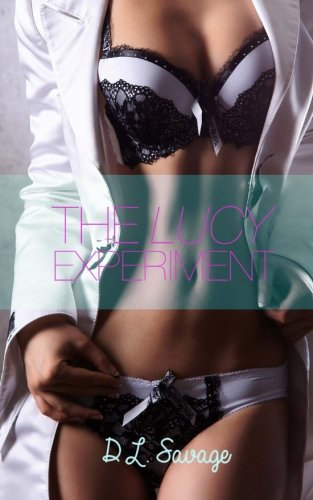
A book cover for The Lucy Experiment: (Gender Transformation Novella); D.L. Savage; Romance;